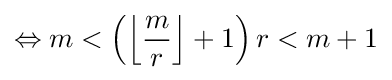
\Leftrightarrow m<\left(\left\lfloor {\frac {m}{r}}\right\rfloor +1\right)r<m+1